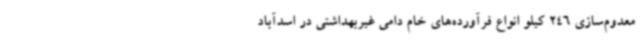
معدوم‌سازی 246 کیلو انواع فرآورده‌های خام دامی غیربهداشتی در اسدآباد